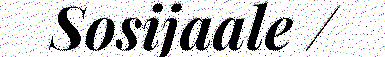
Sosijaale /